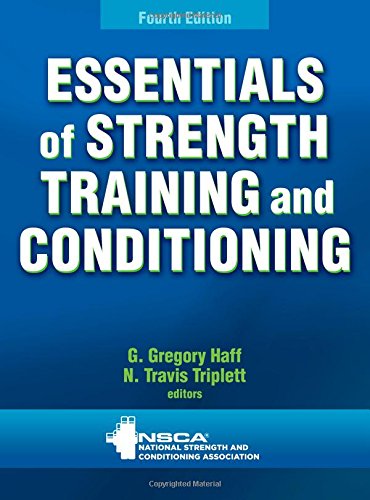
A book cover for Essentials of Strength Training and Conditioning 4th Edition With Web Resource; Health, Fitness & Dieting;